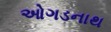
ઓગડનાથ